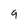
Character: 9